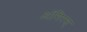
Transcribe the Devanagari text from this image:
अंगिरस्‌